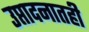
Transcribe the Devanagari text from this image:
उप्तादनातही